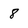
Character: 8